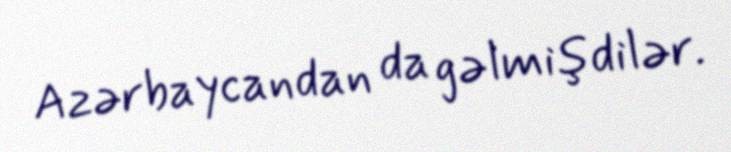
Azərbaycandan da gəlmişdilər.